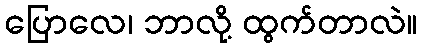
ပြောလေ၊ ဘာလို့ ထွက်တာလဲ။